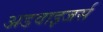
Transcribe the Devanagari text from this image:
अडवाइजर्स